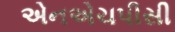
એનએચપીસી